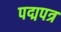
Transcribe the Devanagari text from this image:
पद्मपत्र